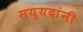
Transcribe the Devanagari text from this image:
सय्यदांनी